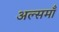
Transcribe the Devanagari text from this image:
अल्समाँ